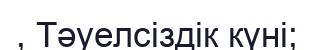
, Тәуелсіздік күні;